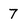
Character: 7